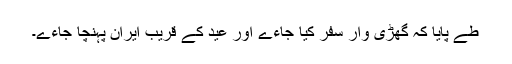
طے پایا کہ گھڑی وار سفر کیا جاءے اور عید کے قریب ایران پہنچا جاءے۔